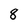
Character: 8